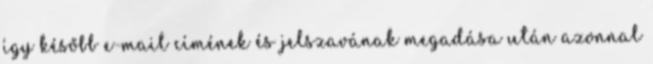
így később e-mail címének és jelszavának megadása után azonnal